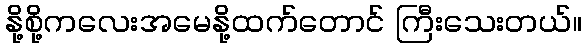
နို့စို့ကလေးအမေနို့ထက်တောင် ကြီးသေးတယ်။